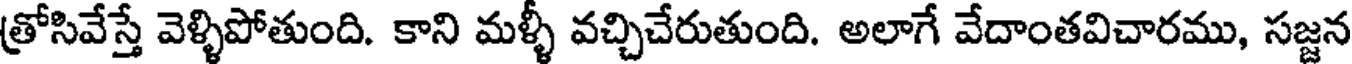
త్రోసివేస్తే వెళ్ళిపోతుంది. కాని మళ్ళీ వచ్చిచేరుతుంది. అలాగే వేదాంతవిచారము, సజ్జన